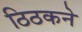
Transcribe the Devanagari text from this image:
ठिठकने